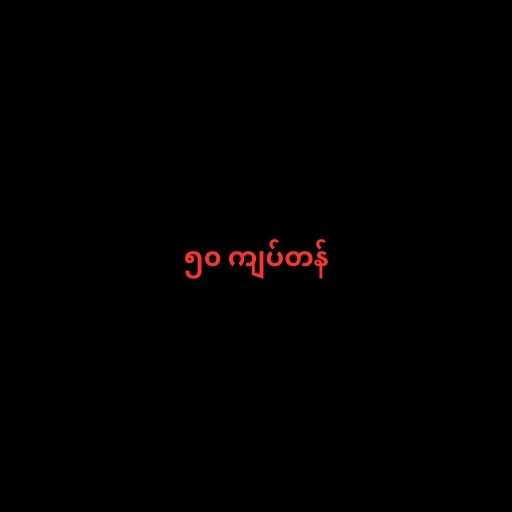
၅၀ ကျပ်တန်